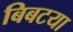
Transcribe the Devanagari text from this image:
बिबटया